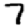
Digit: 7